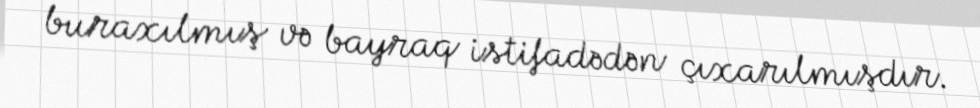
buraxılmış və bayraq istifadədən çıxarılmışdır.